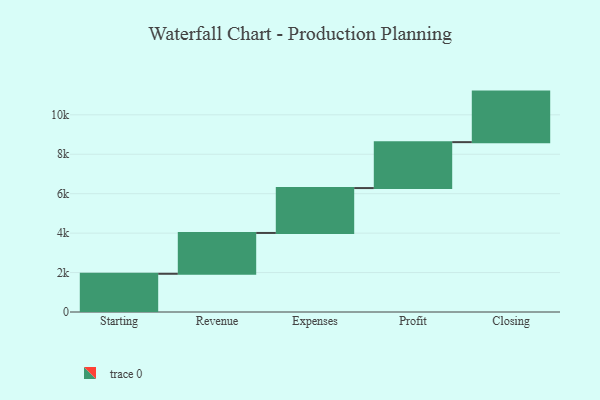
{"axis": {"x": "Step", "y": "Value"}, "legend": [""], "data": [{"x": "Starting", "y": 1938.0, "type": ""}, {"x": "Revenue", "y": 2071.0, "type": ""}, {"x": "Expenses", "y": 2276.0, "type": ""}, {"x": "Profit", "y": 2329.0, "type": ""}, {"x": "Closing", "y": 2563.0, "type": ""}]}